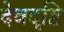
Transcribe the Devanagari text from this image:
देवदृष्टि